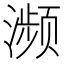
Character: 濒